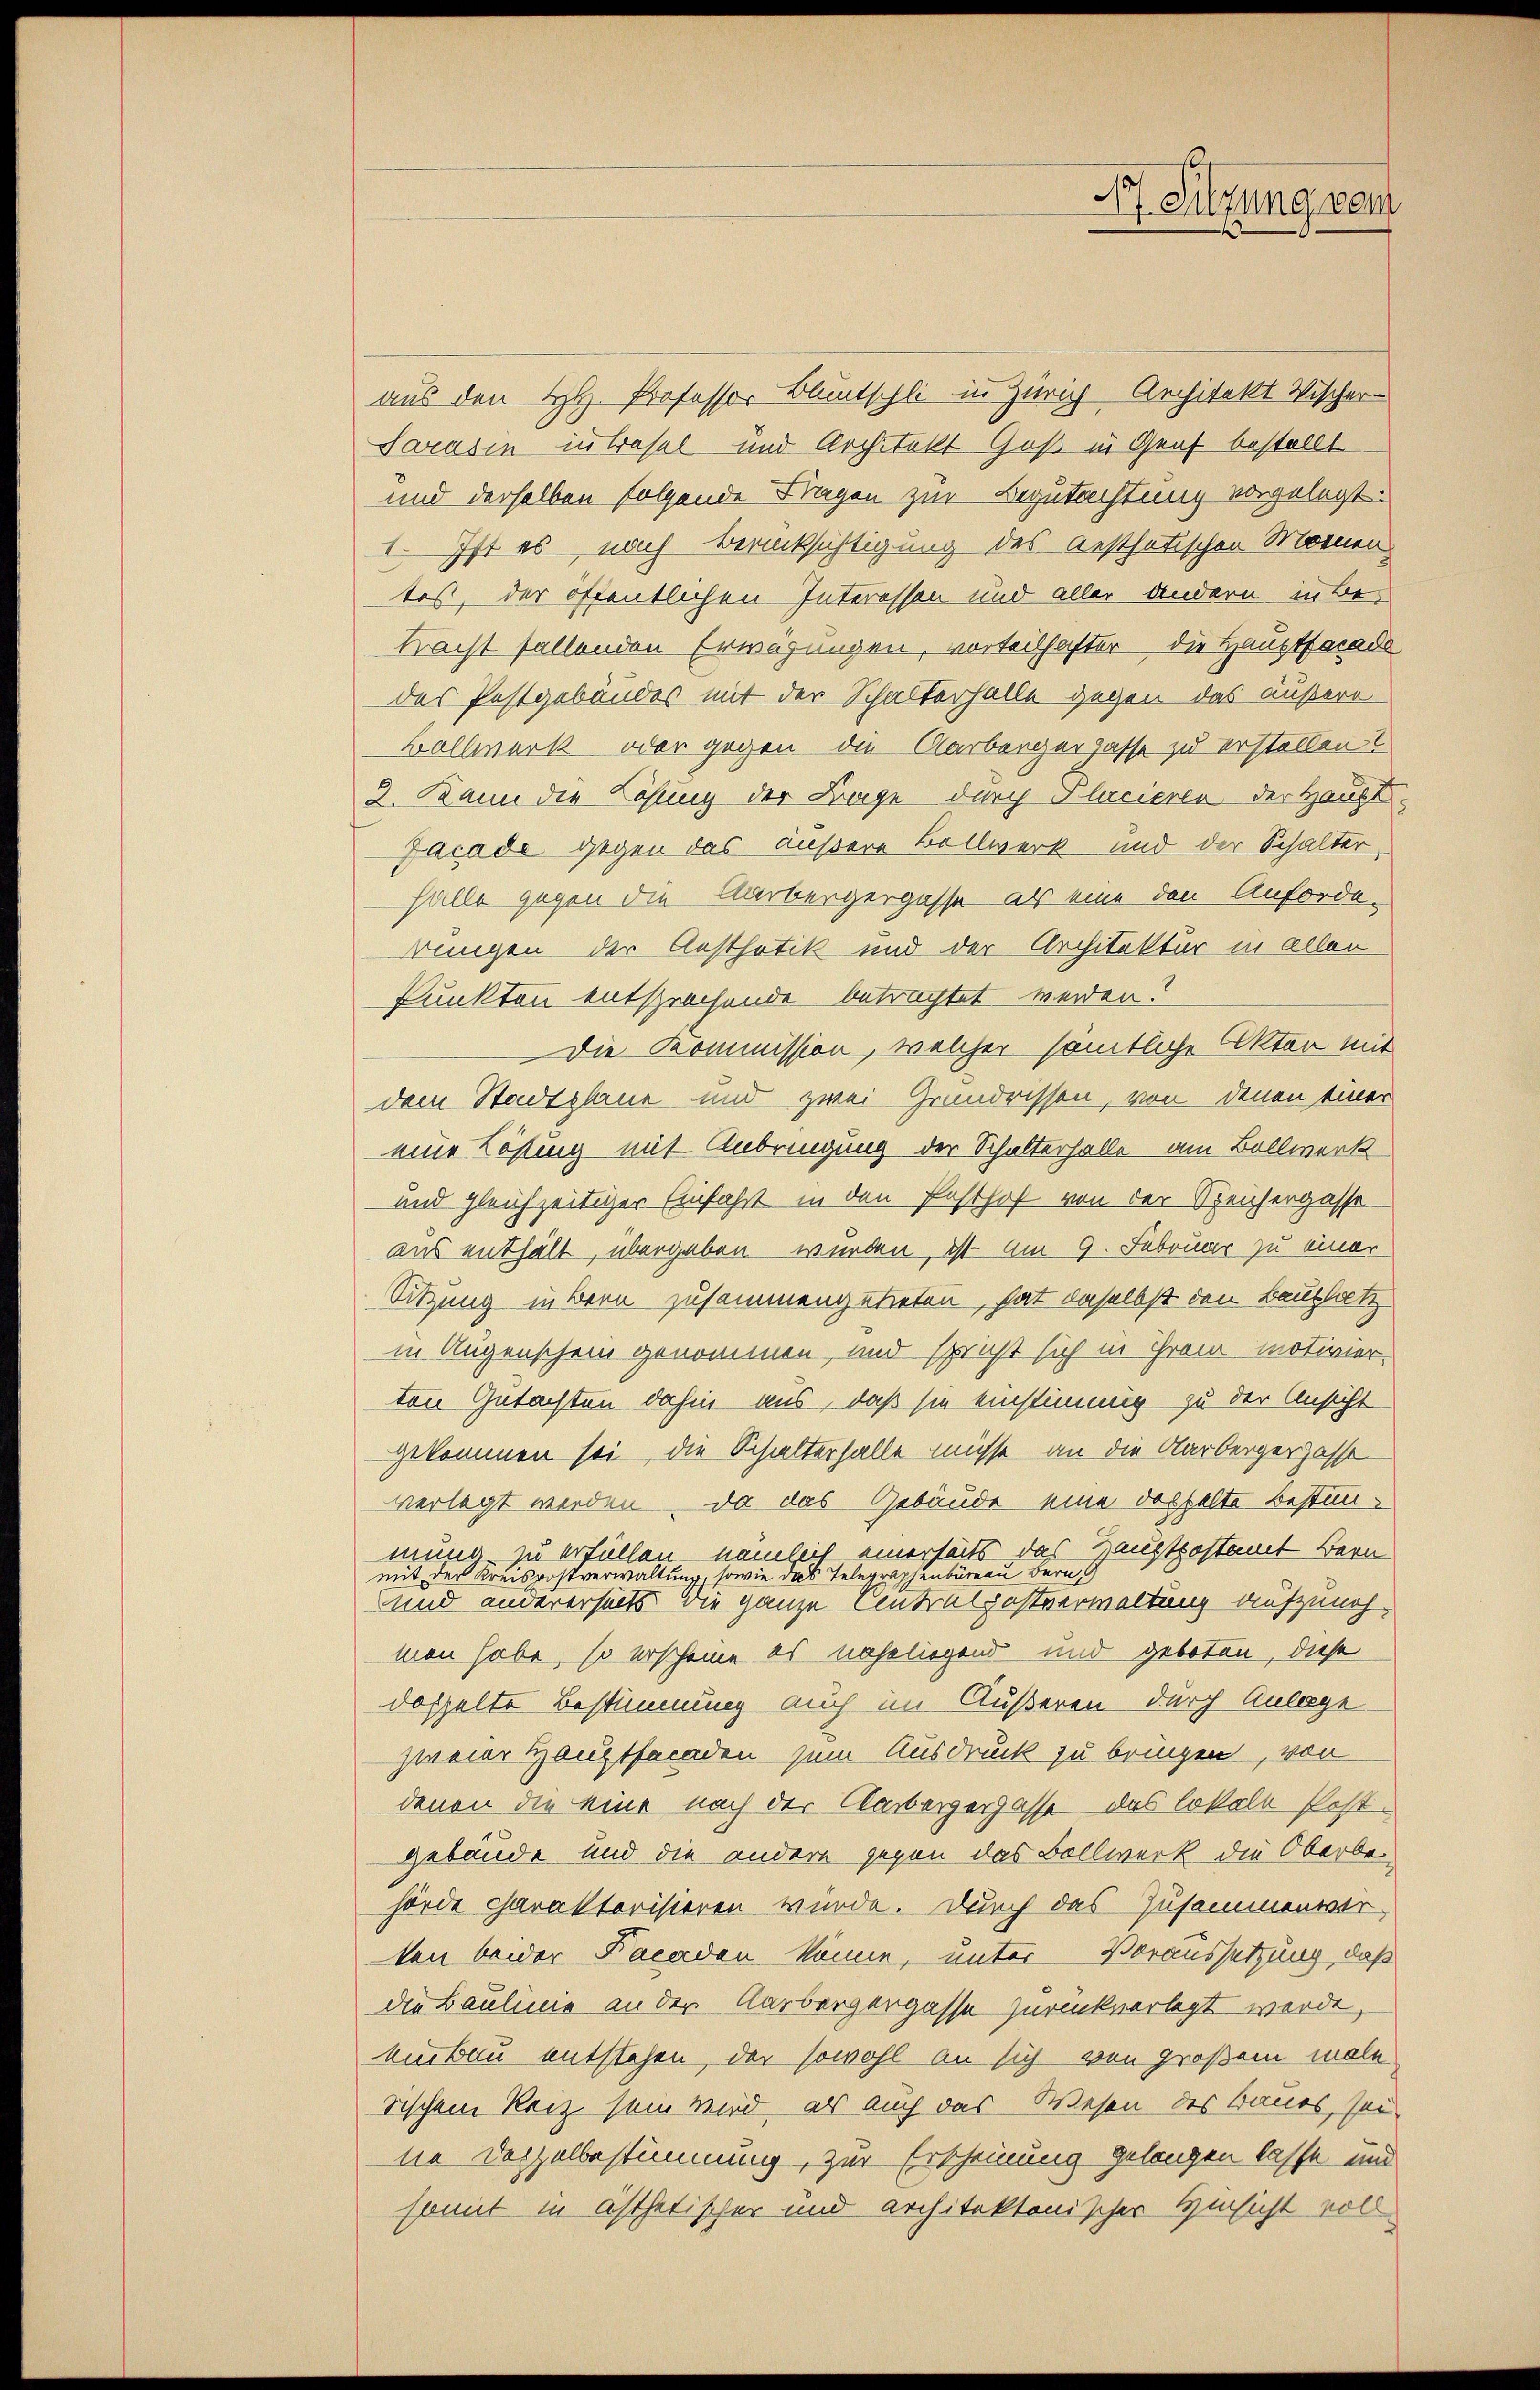
37. Silzung vom

aus den H. Professor Bluntschli in Zürich Architekt Wischer-
Sarasin intrasel und Architekt Goß in Graf bestellt
und derselben folgende Fragen zur Begutachtung vorgelegt:
I. Ist es nach Berücksichtigung des Aesthetischen Momen
test, der öffentlichen Interesson und aller andern in Be-
tracht fallenden Erwägungen, vorteilhafter die Hauptfacade
des Pestgebäudes mit der Schalterhalle gegen das äußere
Bollwerk oder gegen die Aarbergergasse zu erstellen.
2. Dann die Lösung der Frage durch Placieren der Haupt¬
Jacade gegen das äußere Bollwerk und der Schalter,
Halle gegen die Narbergergasse als eine den Anforde-
rungen der Aesthetik und der Architektur in allen
Punkten entsprechende betrachtet werden?
Die Kommission, welcher sämtliche Akten mit
dem Stadtplane und zwei Grundrissen, von denen einer
eine Lösung mit Anbringung der Schalterhalle am Bollwerk
und gleichzeitiger Einfahrt in den Pasthof von der Speichergasse
aus enthält, übergaben werden, ist am 9. Februar zu einer
Sitzung in Bern zusammengetreten, hat anselbst den Bauplatz
in Augenschein genommen, und spricht sich in Tram motivier-
ton Gutachten dahin aus, daß sie einstimmig zu der Ansicht
gekommen sei, die Schalterfalle müsse, an die Aarbergerhasse
verlegt werden, da das Gebäude eine doppelte bestänmung zu erfüllen, nämlich einerseits das Hauptpostamt Bern
mit der Kreispostverwaltung, sowie das Telegraphenbüreau bern
und andererseits die ganze Centralpostverwaltung aufzunehmen habe, so erscheine es naheliegend und geboten, diese
doppelte Bestimmung auch im Äußeren durch Anlage
zweier Hauptfacaden sein Ausdruck zu bringen, von
denen die eine nach der Ambergergasse das lokale Postgebäude und die andere gegen das Bollwerk die Oberbehörde charakterisieren wurde. Durch das Zusammenwerten beider Facaden könne, unter Voraussetzung, daß
die Baulinie an der Karbergergasse zurückverlegt werde,
eubau entstehen, der sowohl an sich von großem male
sischem Reiz sein wird, als auch das Wesen des Baues, seine Deczelbestimmung, zur Erscheinung gelangen lasse und
somit in ästhetischer und architektonischer Hinsicht voll